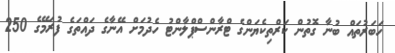
ހަބަރުތައް ބުނާ ގޮތުން ކަރްތިކެޔަންގެ ޓްރާންސްޕްލާންޓު ހެދުމަށް އޭނާގެ ދައްތަގެ ފުރަމޭގެ 250